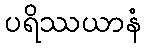
ပရိဿယာနံ